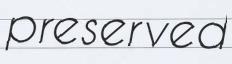
preserved